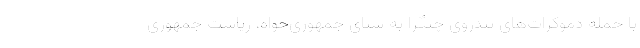
با حمله دموکرات‌های تندروی چپگرا به سنای جمهوری‌خواه، ریاست جمهوری